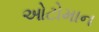
ઓટોમાન